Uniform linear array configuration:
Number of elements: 12
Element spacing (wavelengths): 0.75
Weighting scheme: uniform
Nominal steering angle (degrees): -60
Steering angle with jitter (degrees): -61.539
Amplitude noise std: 0.05
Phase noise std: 0.05

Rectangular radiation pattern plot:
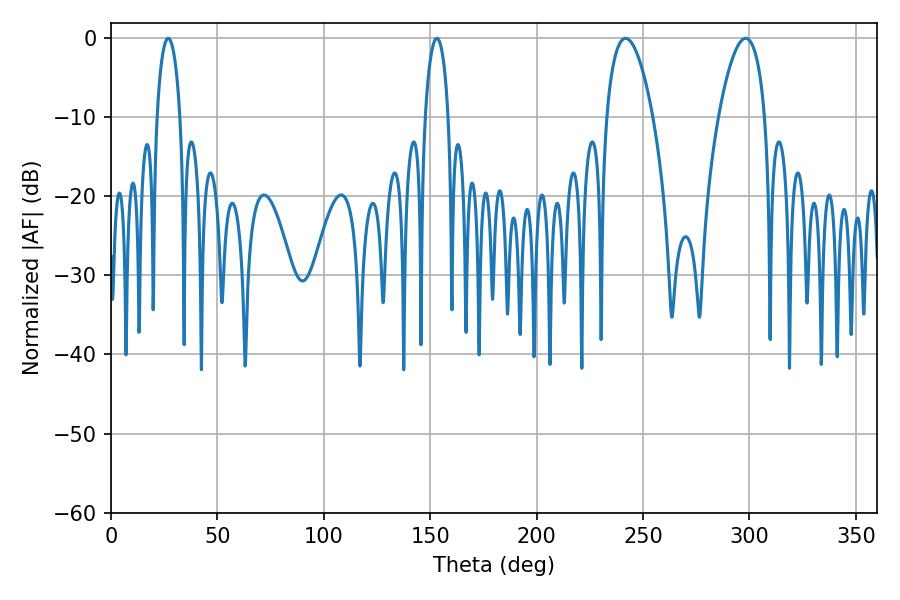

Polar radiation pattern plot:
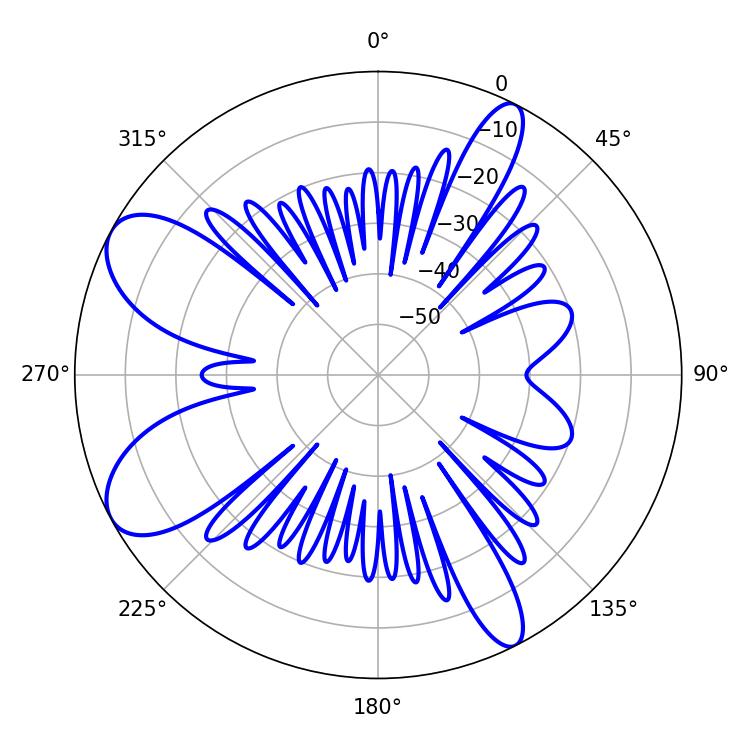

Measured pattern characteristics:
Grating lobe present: TRUE
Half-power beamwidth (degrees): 12.06
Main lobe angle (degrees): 241.74